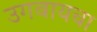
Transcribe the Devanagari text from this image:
उगवायचा